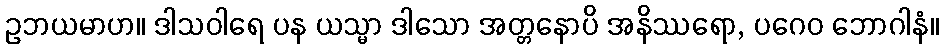
ဥဘယမာဟ။ ဒါသဝါရေ ပန ယသ္မာ ဒါသော အတ္တနောပိ အနိဿရော, ပဂေဝ ဘောဂါနံ။